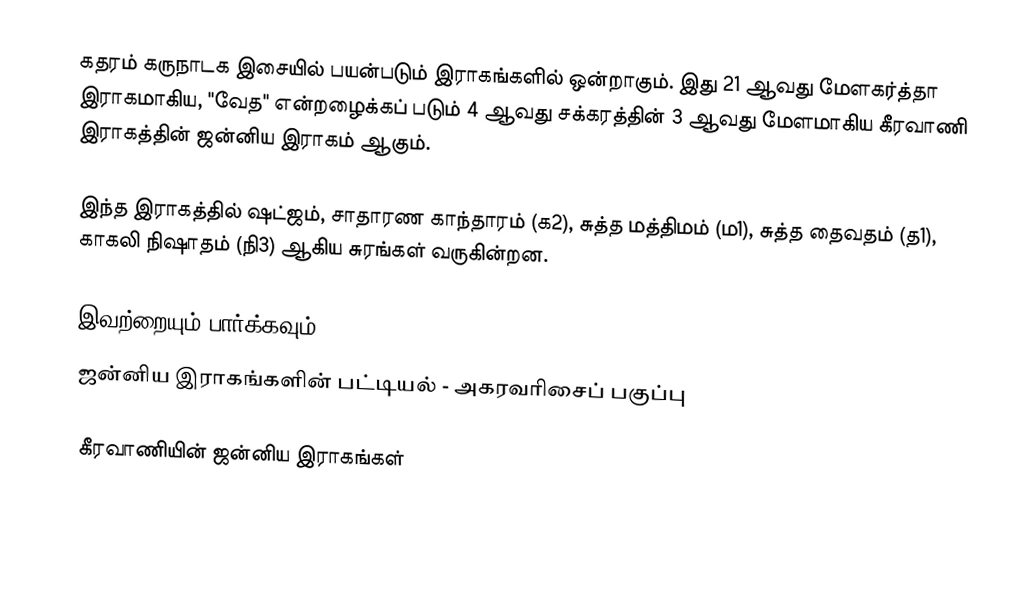
கதரம் கருநாடக இசையில் பயன்படும் இராகங்களில் ஒன்றாகும். இது 21 ஆவது மேளகர்த்தா இராகமாகிய, "வேத" என்றழைக்கப் படும் 4 ஆவது சக்கரத்தின் 3 ஆவது மேளமாகிய கீரவாணி இராகத்தின் ஜன்னிய இராகம் ஆகும்.

இந்த இராகத்தில் ஷட்ஜம்,  சாதாரண காந்தாரம் (க2), சுத்த மத்திமம் (ம1), சுத்த தைவதம் (த1), காகலி நிஷாதம்  (நி3) ஆகிய சுரங்கள் வருகின்றன.

இவற்றையும் பார்க்கவும்
 ஜன்னிய இராகங்களின் பட்டியல் - அகரவரிசைப் பகுப்பு

கீரவாணியின் ஜன்னிய இராகங்கள்